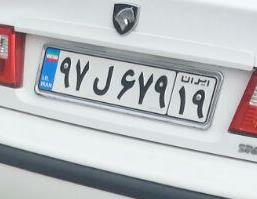
۹۷ل۶۷۹۱۹